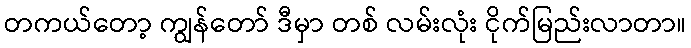
တကယ်တော့ ကျွန်တော် ဒီမှာ တစ် လမ်းလုံး ငိုက်မြည်းလာတာ။